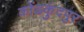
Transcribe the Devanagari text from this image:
कोंडकुंदपुर